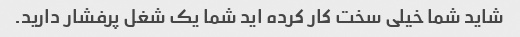
شاید شما خیلی سخت کار کرده اید شما یک شغل پرفشار دارید.